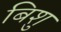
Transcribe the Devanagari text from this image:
बिशु